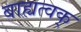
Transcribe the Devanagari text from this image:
बाह्यत्वक्